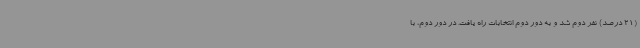
(21 درصد) نفر دوم شد و به دور دوم انتخابات راه یافت. در دور دوم، با